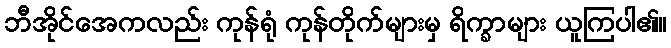
ဘီအိုင်အေကလည်း ကုန်ရုံ ကုန်တိုက်များမှ ရိက္ခာများ ယူကြပါ၏။